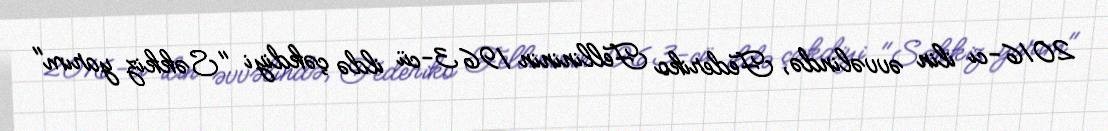
2016-cı ilin əvvəlində, Federiko Fellininin 1963-cü ildə çəkdiyi "Səkkiz yarım"